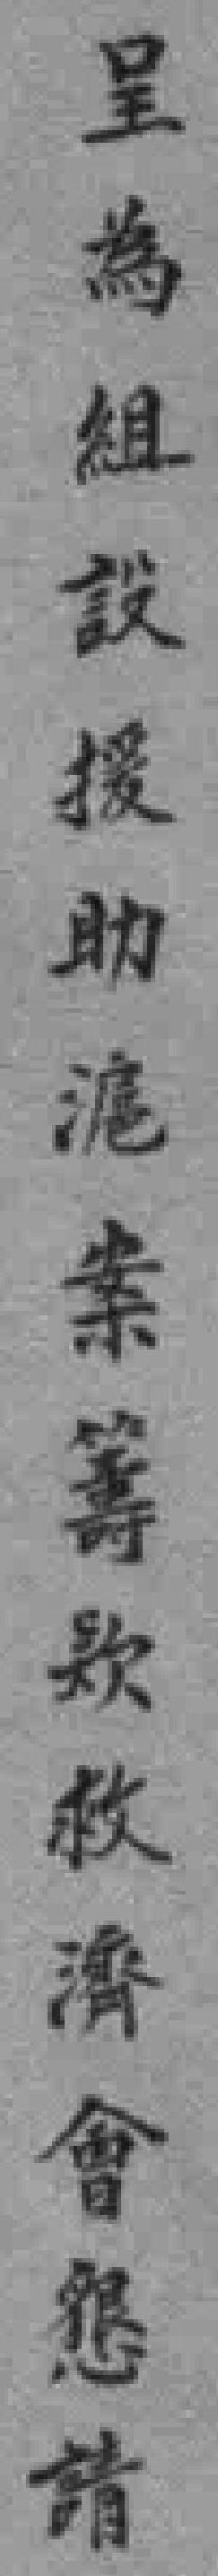
呈為組設援助滬案籌歎救濟會懇請